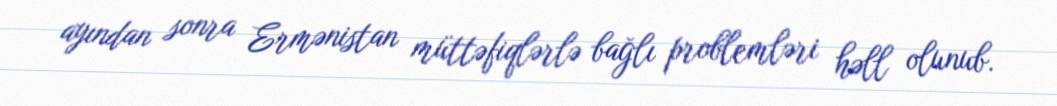
ayından sonra Ermənistan müttəfiqlərlə bağlı problemləri həll olunub.